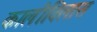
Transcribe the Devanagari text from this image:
कालीविलास